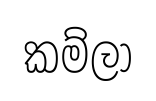
කම්ලා